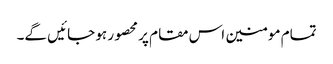
تمام مومنین اس مقام پر محصور ہو جائیں گے۔